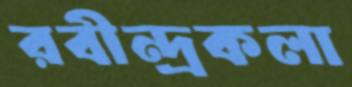
রবীন্দ্রকলা